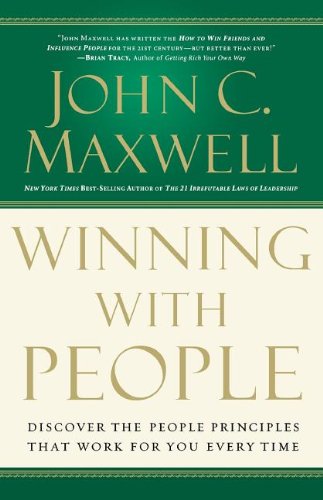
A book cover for Winning with People: Discover the People Principles that Work for You Every Time; John C. Maxwell; Christian Books & Bibles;